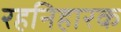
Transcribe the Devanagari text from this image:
रहनिहारक